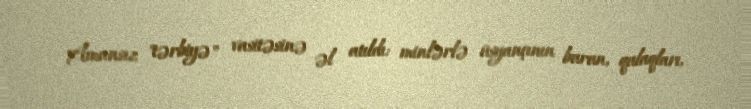
Amansız "tərbiyə" vasitəsinə əl atıldı: minlərlə üsyançının burun, qulaqları,